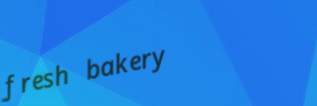
fresh bakery